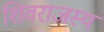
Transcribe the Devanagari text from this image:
शिवराजस्य